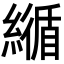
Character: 𦅑